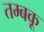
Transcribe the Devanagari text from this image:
तम्बकू